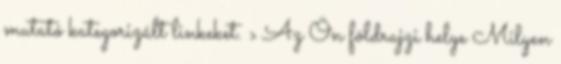
mutató kategorizált linkeket. › Az Ön földrajzi helye Milyen